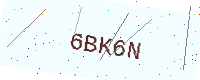
Text: 6BK6N